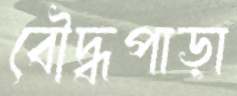
বৌদ্ধপাড়া